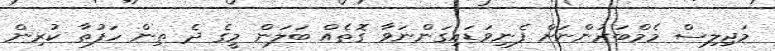
މަޖިލިސް މެމްބަރުންނަށް ފެނިވަޑައިގަންނަވާ ގޮތެއް ބަލަން މީގެ ދެ ތިން ހަފުތާ ކުރިން